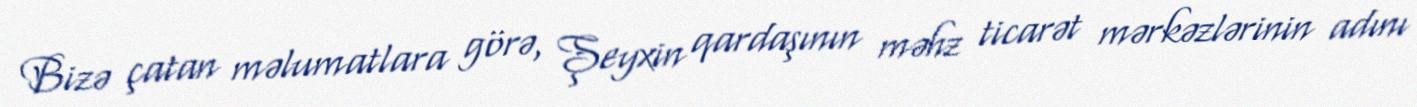
Bizə çatan məlumatlara görə, Şeyxin qardaşının məhz ticarət mərkəzlərinin adını